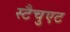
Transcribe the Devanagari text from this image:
स्टैचुएट